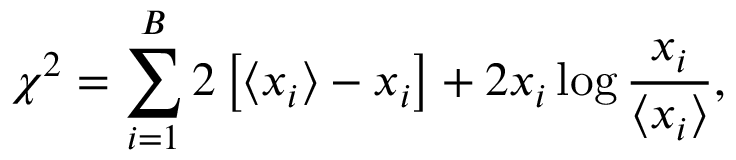
\chi ^ { 2 } = \sum _ { i = 1 } ^ { B } 2 \left[ \langle x _ { i } \rangle - x _ { i } \right] + 2 x _ { i } \log \frac { x _ { i } } { \langle x _ { i } \rangle } ,